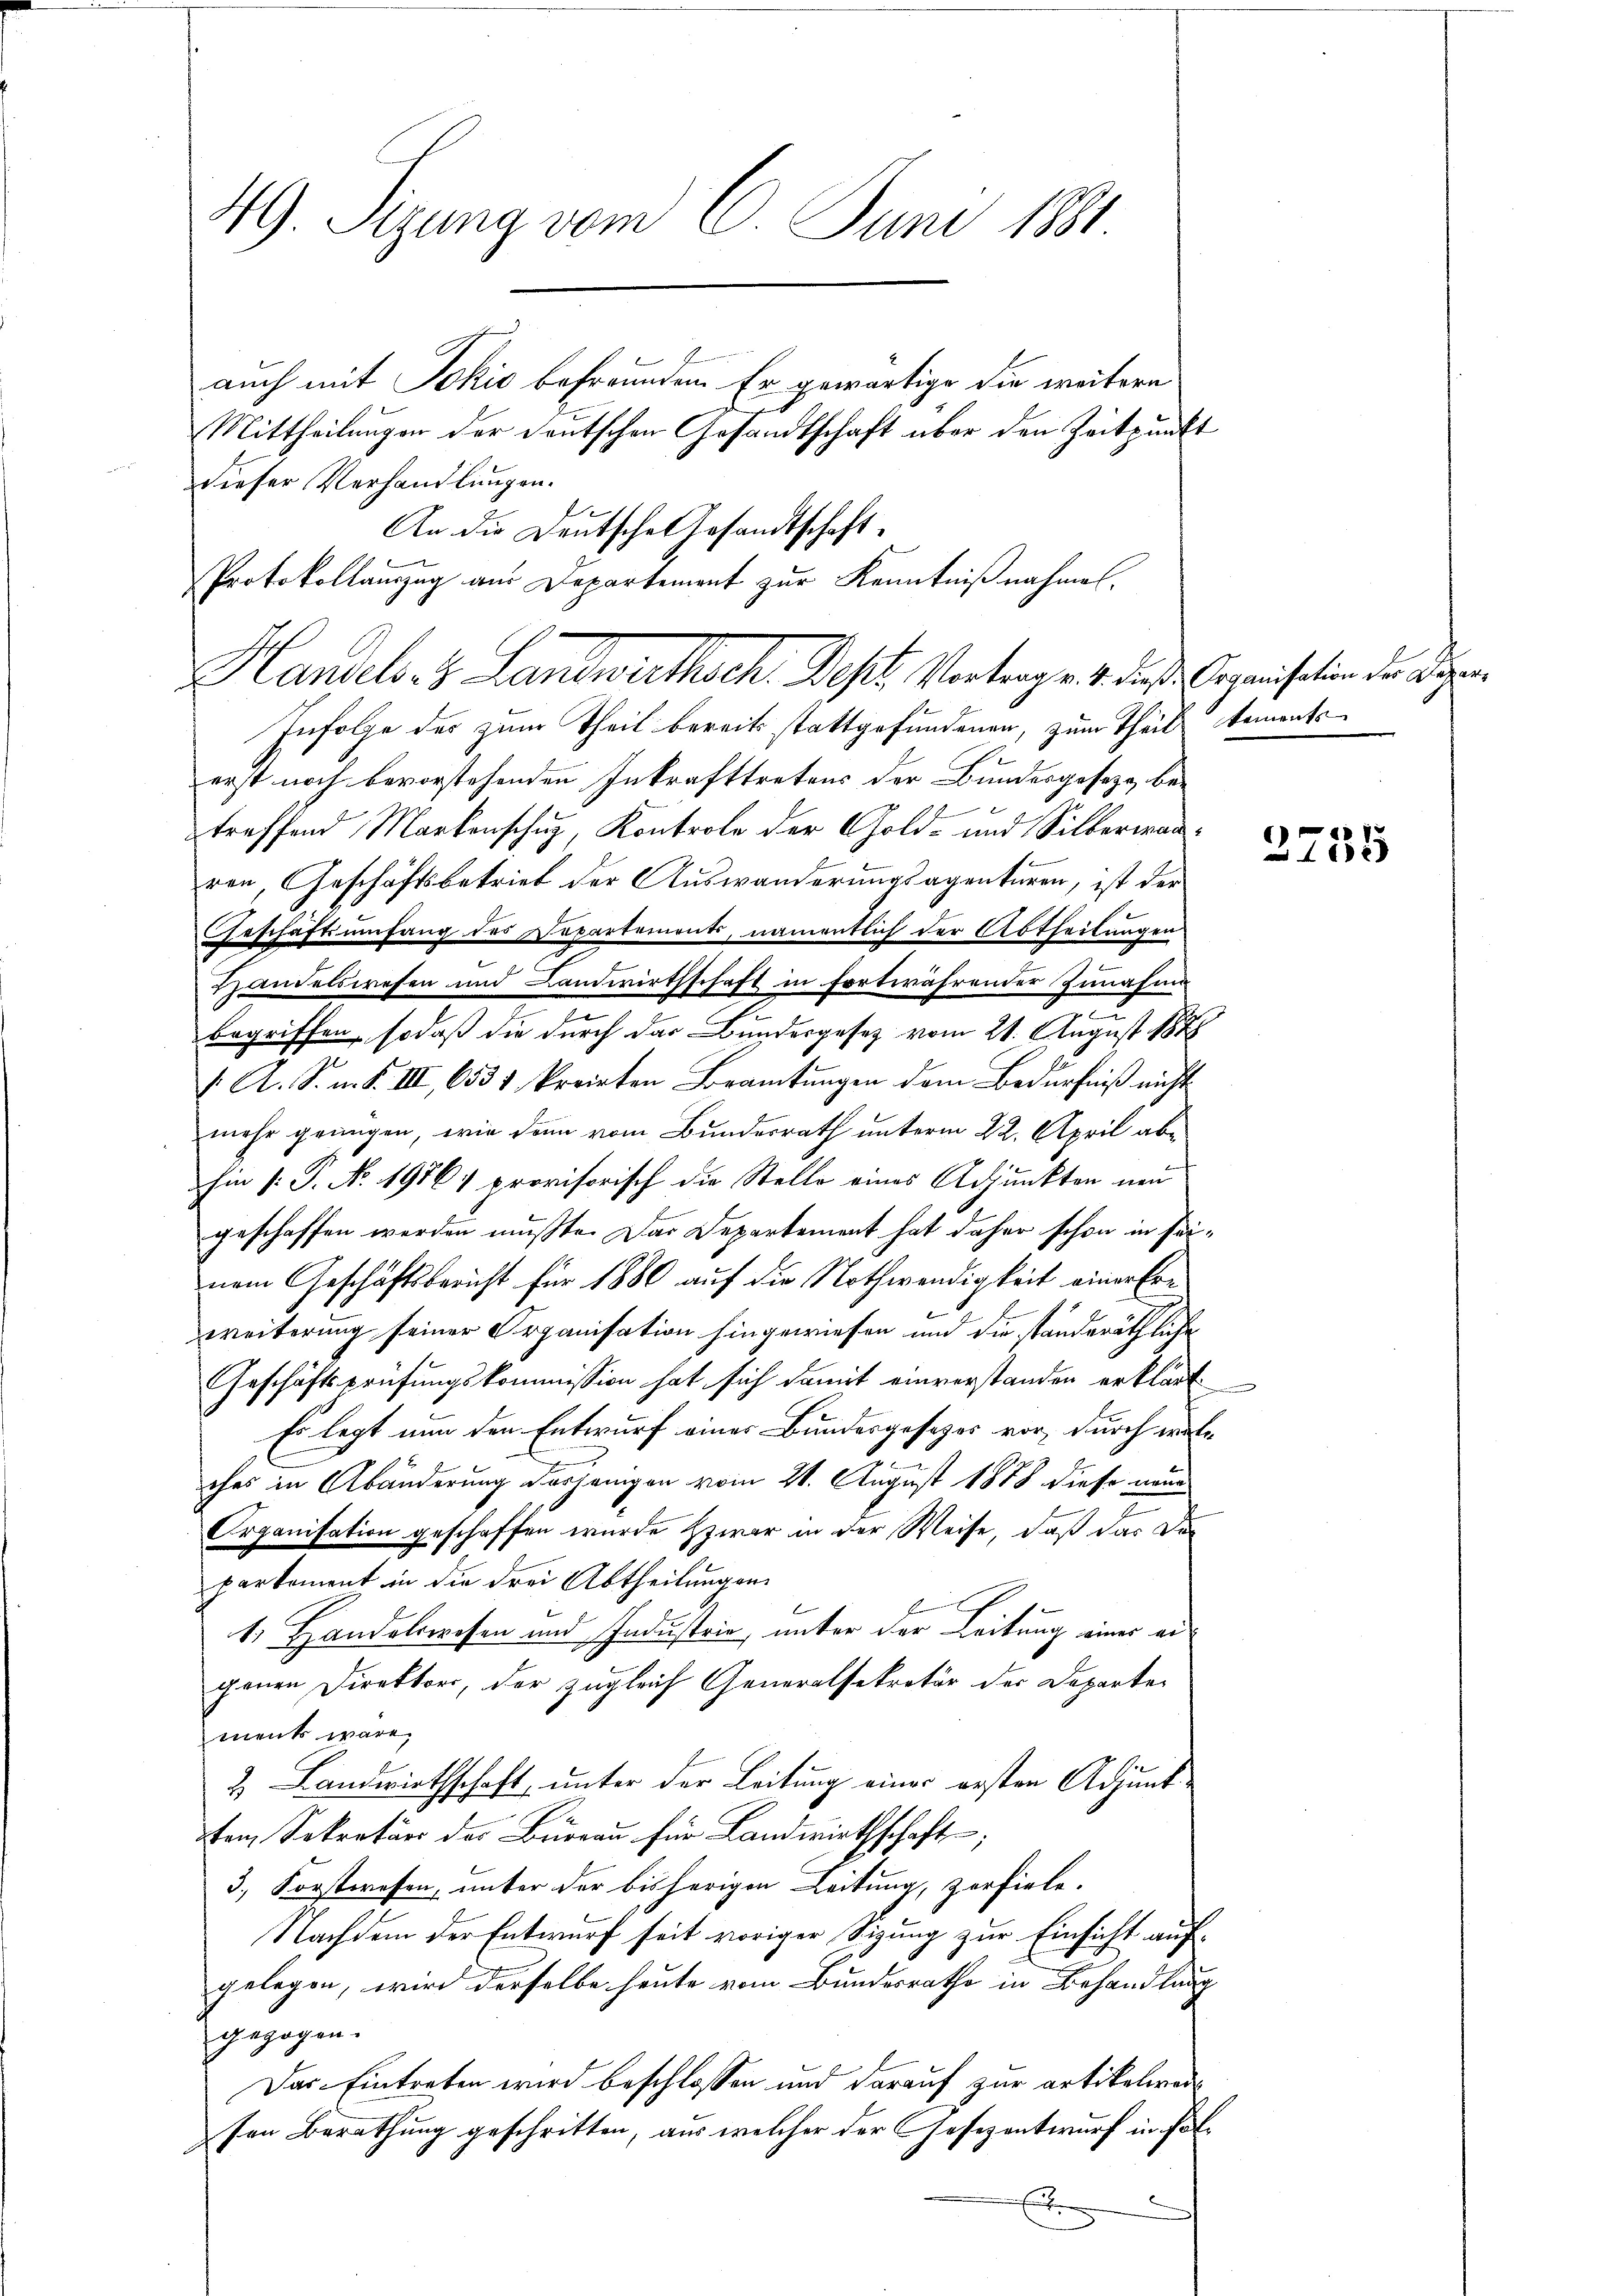
49. Sizung vom 6. Juni 1881.

auch mit Jokić befreunden. Er gewärtige die weitere
Mittheilungen der deutschen Gesandtschaft über den Zeitpunkt
dieser Verhandlungen.
.
An die Deutsche Gesandtschaft¬
Protokollauszug aus Departement zur Kenntnißnahmen.
Handels. z. Landwirthsch. West. Vortragse 4. diese Organisation die diesen
Infolge des zum Theil bereits stattgefundenen, zum Theil kaments
erst noch bevorstehenden Inkrafttretens der Bundesgeseze, betreffend Markenschuz, Kontrole der Gold- und Silberwarren, Geschäftsbetrieb der Auswanderungsagenturen, ist der
Geschäftsumfang des Departements, namentlich der Abtheilungen
Handelswesen und Landwirthschaft in fortwährender Zunahme
z
begriffen, sodaß die durch das Bundesgesetz vom 21. August 1888
 A. S. n. F. III, 6531 kreisten Beamtungen dem Bedürfniß nicht
mehr genügen, wie dann vom Bundesrath unterm 22. April abhin (: P. No. 19561 provisorisch die Stelle eines Adjunkten neu
geschaffen werden mußte. Das Departement hat daher schon in seinem Geschäftsbericht für 1880 auf die Nothwendigkeit einer Erzweiterung seiner Organisation hingewiesen und die standeräthliche
Geschäftsprüfungskommission hat sich damit einverstanden erklärt
Es legt nun den Entwurf einer Bundesgesetzes vor, durch welches in Abänderung dasjenigen vom 21. August 1878 diese neue
Organisation geschaffen wurde zwar in der Weise, daß das De
parkoment in die drei Abtheilungen
1. Handelswesen und Industrie, unter der Leitung einer au
genen Direktors, der zugleich Generalsekretär des Departe
ment wäre,
2 Landwirthschaft, unter der Leitung einer ersten Adjunktem Sekretärs des Bureau für Landwirthschaft;
3.) Forstwesen, unter der bisherigen Leitung, zerfiele.
Nachdem der Entwurf seit voriger Sizung zur Einsicht auf-
gelegen, wird derselbe heute vom Bundesrathe in Behandlung
gezogen.
Das Eintreten wird beschlossen und darauf zur artikelwer
sen Berathung geschritten, aus welcher der Gesezentwurf in Fol¬
E

3735